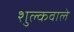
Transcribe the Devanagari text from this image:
शुल्कवाले